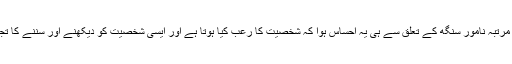
مجھے پہلی مرتبہ نامور سنگھ کے تعلق سے ہی یہ احساس ہوا کہ شخصیت کا رعب کیا ہوتا ہے اور ایسی شخصیت کو دیکھنے اور سننے کا تجربہ کیا ہے۔